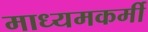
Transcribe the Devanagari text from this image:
माध्यमकर्मी